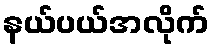
နယ်ပယ်အလိုက်